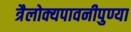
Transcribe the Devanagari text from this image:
त्रैलोक्यपावनीपुण्या